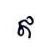
ឥ